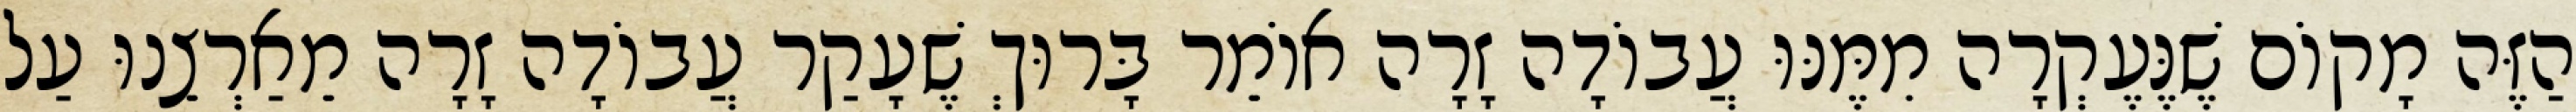
הַזֶּה מָקוֹם שֶׁנֶּעֶקְרָה מִמֶּנּוּ עֲבוֹדָה זָרָה אוֹמֵר בָּרוּךְ שֶׁעָקַר עֲבוֹדָה זָרָה מֵאַרְצֵנוּ עַל